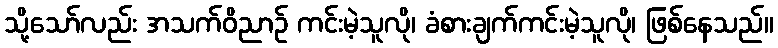
သို့သော်လည်း အသက်ဝိညာဉ် ကင်းမဲ့သူလို၊ ခံစားချက်ကင်းမဲ့သူလို၊ ဖြစ်နေသည်။